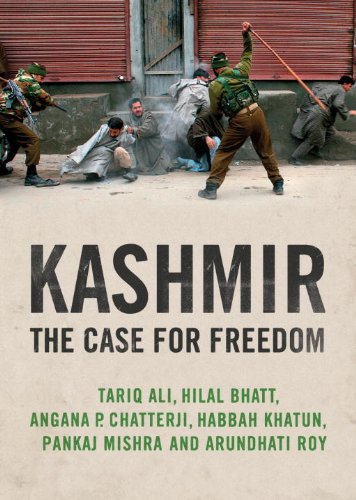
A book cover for Kashmir: The Case for Freedom; Arundhati Roy; History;